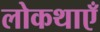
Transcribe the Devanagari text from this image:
लोकथाएँ